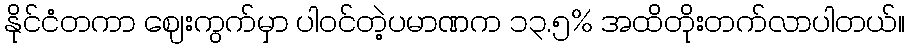
နိုင်ငံတကာ ဈေးကွက်မှာ ပါဝင်တဲ့ပမာဏက ၁၃.၅% အထိတိုးတက်လာပါတယ်။